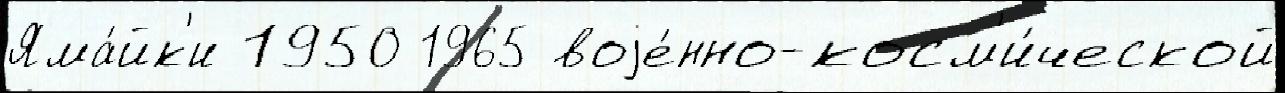
Яма́йк'и 1950 1965 воjе́нно-косм'и́ческой